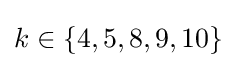
{\textstyle k\in \{4,5,8,9,10\}}